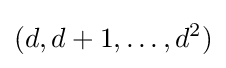
(d,d+1,\ldots ,d^{2})